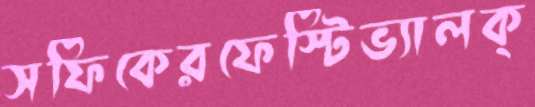
সফিকেরফেস্টিভ্যালক্